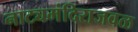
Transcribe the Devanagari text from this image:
नाट्यमंदिराजवळ